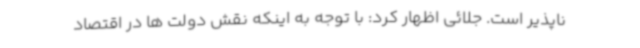
ناپذیر است. جلائی اظهار کرد: با توجه به اینکه نقش دولت ها در اقتصاد